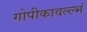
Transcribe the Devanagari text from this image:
गोपीकावल्ल्भं